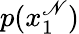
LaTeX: p(x_{1}^{\mathscr{N}})